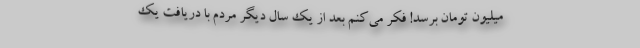
میلیون تومان برسد! فکر می‌کنم بعد از یک سال دیگر مردم با دریافت یک